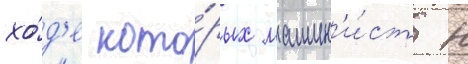
хо́д'е кото́рых машин'и́ст н